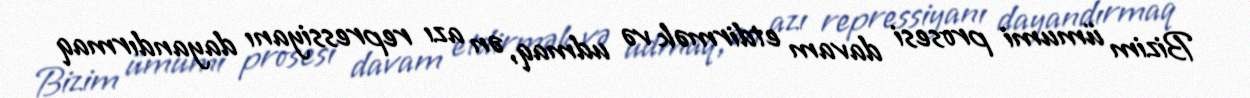
Bizim ümumi prosesi davam etdirmək və udmaq, ən azı repressiyanı dayandırmaq